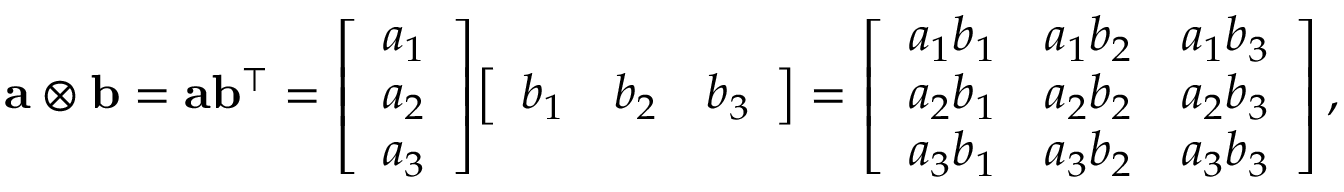
\mathbf { a } \otimes \mathbf { b } = \mathbf { a } \mathbf { b } ^ { \intercal } = { \left[ \begin{array} { l } { a _ { 1 } } \\ { a _ { 2 } } \\ { a _ { 3 } } \end{array} \right] } { \left[ \begin{array} { l l l } { b _ { 1 } } & { b _ { 2 } } & { b _ { 3 } } \end{array} \right] } = { \left[ \begin{array} { l l l } { a _ { 1 } b _ { 1 } } & { a _ { 1 } b _ { 2 } } & { a _ { 1 } b _ { 3 } } \\ { a _ { 2 } b _ { 1 } } & { a _ { 2 } b _ { 2 } } & { a _ { 2 } b _ { 3 } } \\ { a _ { 3 } b _ { 1 } } & { a _ { 3 } b _ { 2 } } & { a _ { 3 } b _ { 3 } } \end{array} \right] } \, ,